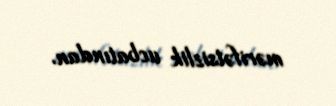
mərifətsizlik ucbatından.